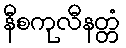
နီစကုလီနတ္တံ